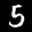
Digit: 5